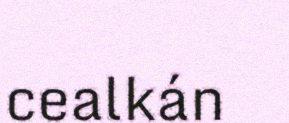
cealkán